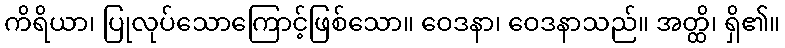
ကိရိယာ၊ ပြုလုပ်သောကြောင့်ဖြစ်သော။ ဝေဒနာ၊ ဝေဒနာသည်။ အတ္ထိ၊ ရှိ၏။